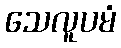
သေလူပမံ